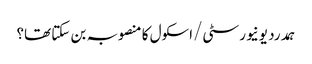
ہمدرد یونیورسٹی/اسکول کا منصوبہ بن سکتا تھا؟